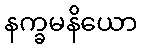
နက္ခမနိယော